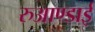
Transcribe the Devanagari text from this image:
रुआण्डाई